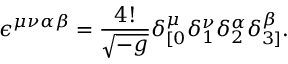
\epsilon ^ { \mu \nu \alpha \beta } = \frac { 4 ! } { \sqrt { - g } } \delta _ { [ 0 } ^ { \mu } \delta _ { 1 } ^ { \nu } \delta _ { 2 } ^ { \alpha } \delta _ { 3 ] } ^ { \beta } .